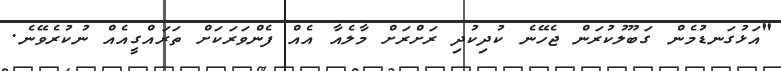
"އަޅުގަނޑުމެން ގަބޫލުކުރަން ޖެހޭނެ ކުދިކުދި ރަށްރަށް މާލެއާ އެއް ފެންވަރަކަށް ތަރައްގީއެއް ނުކުރެވޭނެ.